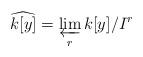
LaTeX: \begin{align*}\widehat{k[y]} = \varprojlim_r k[y]/I^r\end{align*}